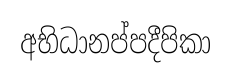
අභිධානප්පදීපිකා